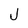
Character: J